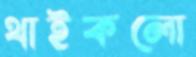
থাইকলো